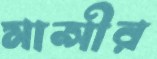
মান্সীর